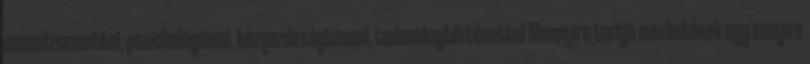
menedzsmenttel, pszichológiával, közgazdaságtannal, tudománytörténettel Mennyire tartja mérhetőnek egy ennyire